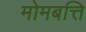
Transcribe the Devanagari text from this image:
मोमबत्ति